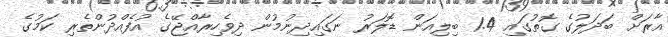
އާރަށް ބަދަލުގެ ގޮތުގައި 1.4 ބިލިއަން ޑޮލަރު ނަގައިދިނުމުން ދިވެހިރާއްޖޭގެ އުފެއްދުންތެރި ކަމުގެ